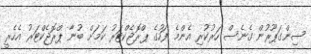
ސިންގަޕޫރުން ގެނެސް ހަރުކުރި އެންމެ ފަހުގެ ޕްރޮޖެކްޓަރު ކަމަށް ބުނާ ޕްރޮޖެކްޓަރު އެހެރީ